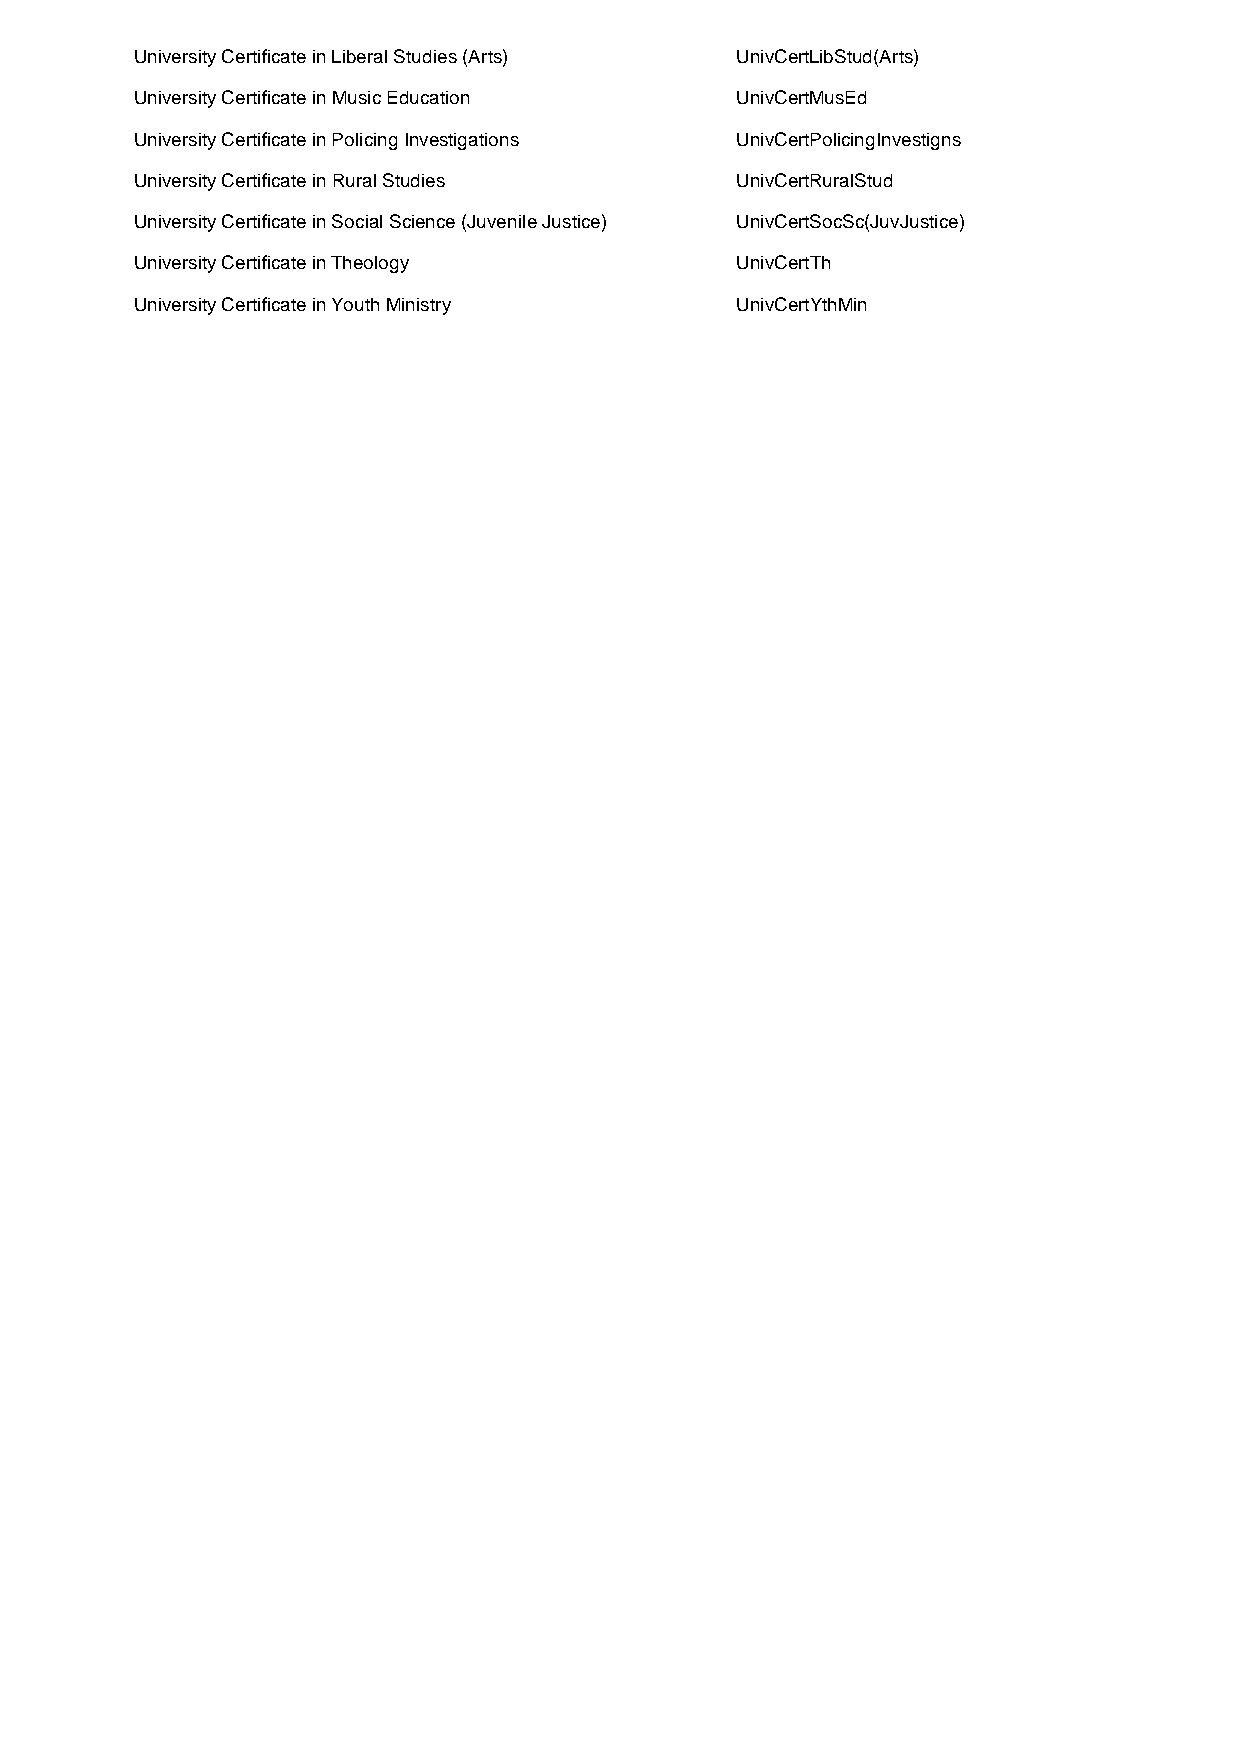
University Certificate in Liberal Studies (Arts) UnivCertLibStud(Arts)
 University Certificate in Music Education UnivCertMusEd
 University Certificate in Policing Investigations UnivCertPolicingInvestigns
 University Certificate in Rural Studies UnivCertRuralStud
 University Certificate in Social Science (Juvenile Justice) UnivCertSocSc(JuvJustice)
 University Certificate in Theology      UnivCertTh
 University Certificate in Youth Ministry UnivCertYthMin